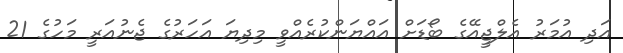
އަދި އުމަރު އެލްޖީއޭގެ ބޯޑަށް އައްޔަންކުރެއްވީ މިދިޔަ އަހަރުގެ ޖެނުއަރީ މަހުގެ 21